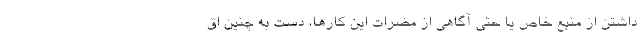
داشتن از منبع خاص یا حتی آگاهی از مضرات این کارها، دست به چنین اق